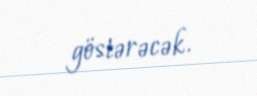
göstərəcək.